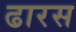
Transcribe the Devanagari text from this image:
ढारस